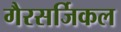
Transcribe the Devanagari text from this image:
गैरसर्जिकल